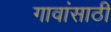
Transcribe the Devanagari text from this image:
गावांसाठी